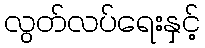
လွတ်လပ်ရေးနှင့်